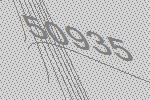
50935